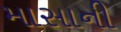
માસાની